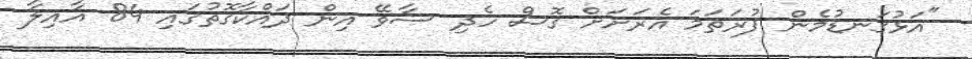
"އަޅުގަނޑުމެން ފުރަތަމަ އެރަށަށް ގޮސް ހެދި ސާވޭ އިން ދައްކާގޮތުގައި 84 އާއިލާ